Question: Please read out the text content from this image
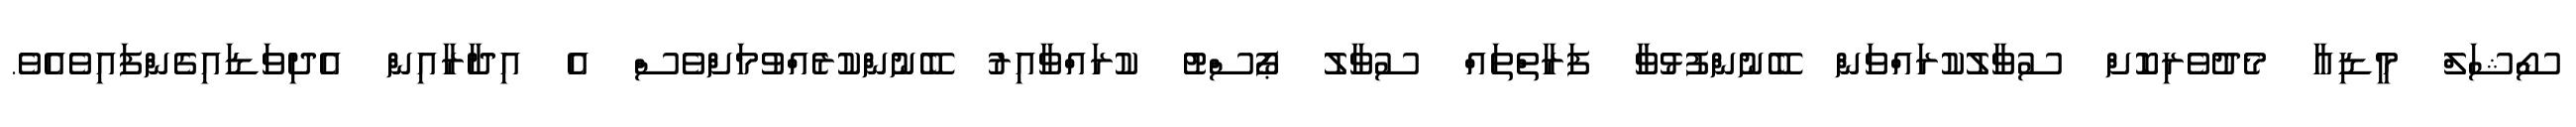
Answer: ސޯޝަލް މީޑިއާ މެދުވެރިކޮށް ސުވާލުކުރައްވަން ބޭނުންފުޅުވާ ފަރާތްތައް ސުވާލު ޕޯސްޓު ކުރައްވާއިރު ބޭނުންކުރެއްވުމަށްވެސް އެ އިދާރާއިން އެދިވަޑައިގެންފައިވެއެވެ.